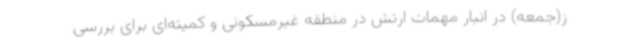
ز(جمعه) در انبار مهمات ارتش در منطقه غیرمسکونی و کمیته‌ای برای بررسی